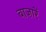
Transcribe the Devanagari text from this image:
बाज़ारें